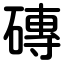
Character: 磚